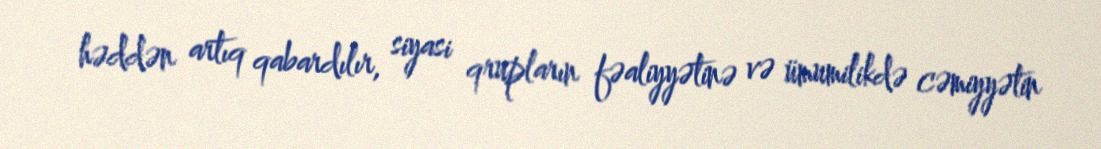
həddən artıq qabardılır, siyasi qrupların fəaliyyətinə və ümumilikdə cəmiyyətin